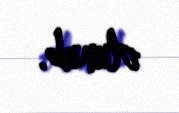
olunub.